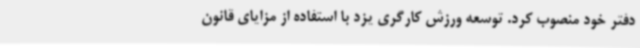
دفتر خود منصوب کرد. ‌توسعه ورزش کارگری یزد با استفاده از مزایای قانون